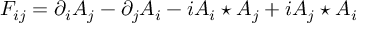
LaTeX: F _ { i j } = \partial _ { i } A _ { j } - \partial _ { j } A _ { i } - i A _ { i } \star A _ { j } + i A _ { j } \star A _ { i }